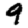
Digit: 9